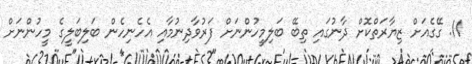
11. ގޭގެއަށް ޒިޔާރަތްކޮށް ދާނުގައި ތިބޭ ބަލިމީހުންނަށް ފަރުވާދިނުމާއި އެހެނިހެން ބަލިބަލީގެ މީހުންނަށް